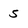
Character: 5